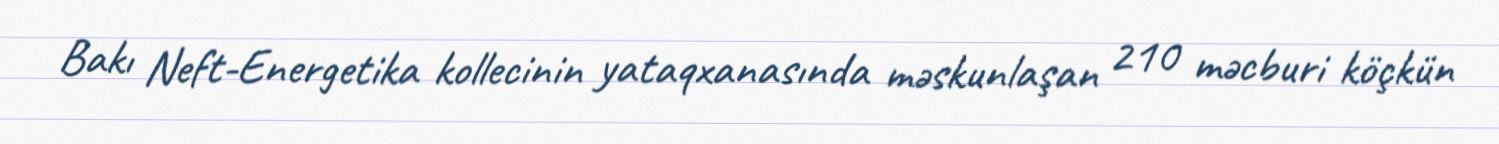
Bakı Neft-Energetika kollecinin yataqxanasında məskunlaşan 210 məcburi köçkün